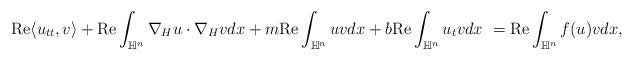
LaTeX: \begin{align*}{\rm Re} \langle u_{tt}, v \rangle + {\rm Re}\int_{\mathbb{H}^n } \nabla_{H} u \cdot \nabla_{H} v dx +m{\rm Re} \int_{\mathbb{H}^n } uv dx + b {\rm Re}\int_{\mathbb{H}^n } u_tv dx\ = {\rm Re}\int_{\mathbb{H}^n } f(u)v dx,\end{align*}